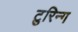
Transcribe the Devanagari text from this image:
टुरिन्ग